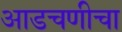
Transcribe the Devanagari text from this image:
आडचणीचा